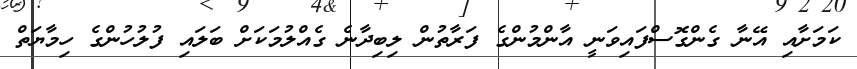
ކަމަށާއި އޭނާ ގެންގޮސްފައިވަނީ އާންމުންގެ ފަރާތުން ލިބިދާނެ ގެއްލުމަކަށް ބަލައި ފުލުހުންގެ ހިމާޔަތް